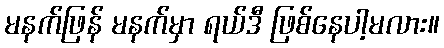
မနက်ဖြန် မနက်မှာ ရယ်ဒီ ဖြစ်နေပါ့မလား။